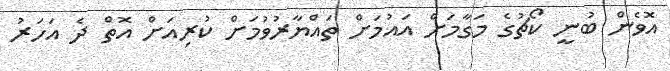
އޮވެން ބުނީ ކޯޗުގެ މަގާމަށް އައުމަށް ތައްޔާރުވުމަށް ކުރިއަށް އޮތް ދެ އަހަރު